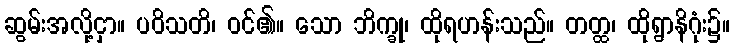
ဆွမ်းအလို့ငှာ။ ပဝိသတိ၊ ဝင်၏။ သော ဘိက္ခု၊ ထိုရဟန်းသည်။ တတ္ထ၊ ထိုရွာနိဂုံး၌။